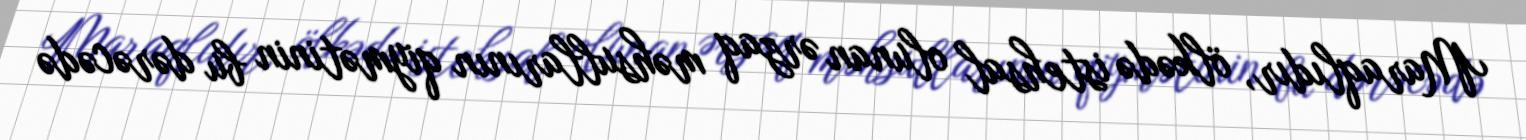
Maraqlıdır, ölkədə istehsal olunan ərzaq məhsullarının qiymətinin bu dərəcədə